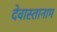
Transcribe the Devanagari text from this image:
देवास्तानाम